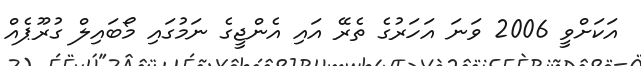
އަކަށްވީ 2006 ވަނަ އަހަރުގެ ތެރޭ އައި އެންޖީގެ ނަމުގައި މޯބައިލް ގުރޫޕެއް